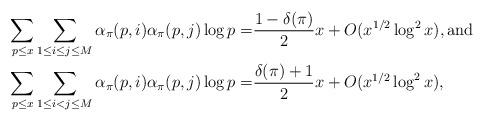
LaTeX: \begin{align*} \sum_{p \leq x} \sum_{1 \leq i \leq j \leq M}\alpha_{\pi}(p, i)\alpha_{\pi}(p, j)\log p=& \frac {1-\delta(\pi)}{2}x+O(x^{1/2}\log^{2} x), \mbox{and} \\ \sum_{p \leq x} \sum_{1 \leq i < j \leq M}\alpha_{\pi}(p, i)\alpha_{\pi}(p, j)\log p=& \frac {\delta(\pi) + 1}{2}x+O(x^{1/2}\log^{2} x),\end{align*}